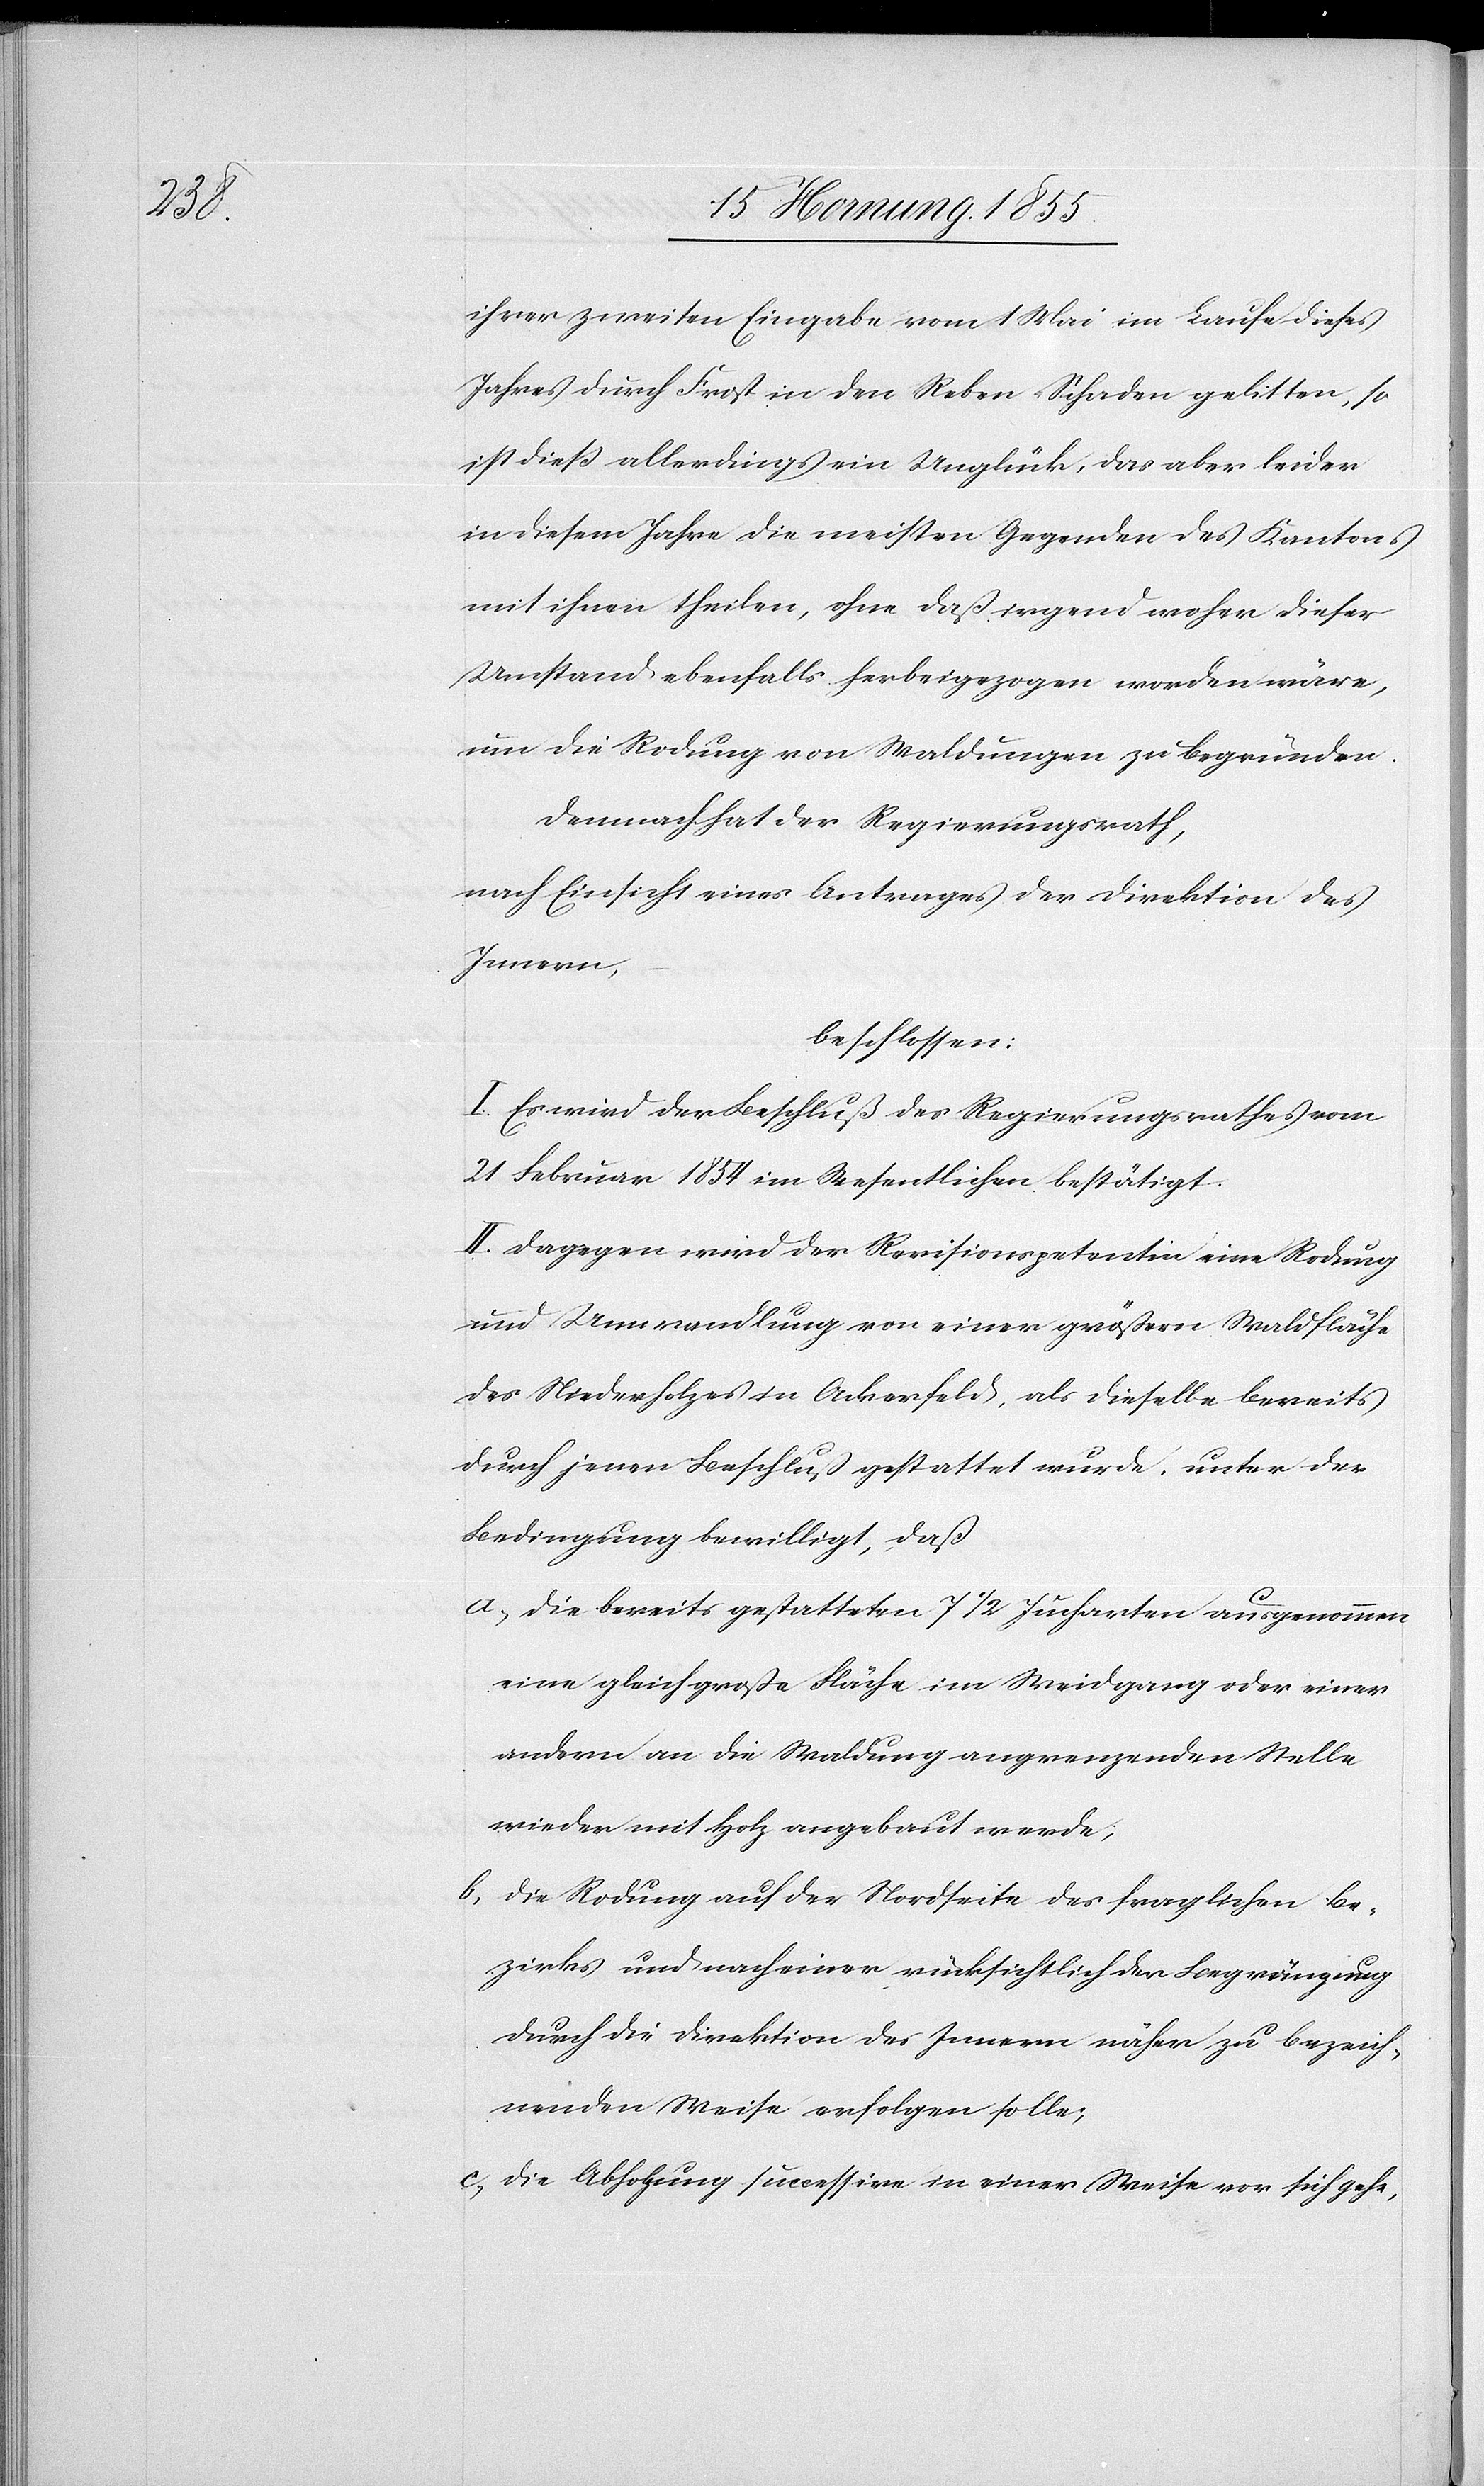
ihrer zweiten Eingabe vom 1 Mai im Laufe dieses
Jahres durch Frost in den Reben Schaden gelitten, so
ist dieß allerdings ein Unglück, das aber leider
in diesem Jahre die meisten Gegenden des Kantons
mit ihnen theilen, ohne daß irgend woher dieser
Umstand ebenfalls herbeigezogen worden wäre,
um die Rodung von Waldungen zu begründen.
Demnach hat der Regierungsrath,
nach Einsicht eines Antrages der Direktion des
Innern,
beschlossen:
I. Es wird der Beschluß des Regierungsrathes vom
21 Februar 1854 im Wesentlichen bestätigt.
II. Dagegen wird der Revisionspetentin eine Rodung
und Umwandlung von einer größern Waldfläche
des Niederholzes in Ackerfeld, als dieselbe bereits
durch jenen Beschluß gestattet wurde, unter der
Bedingung bewilligt, daß
die bereits gestatteten 7 1/2 Jucharten ausgenommen
eine gleich große Fläche im Weidgang oder einer
andern an die Waldung angrenzenden Stelle
wieder mit Holz angebaut werde,
die Rodung auf der Nordseite des fraglichen Be¬
zirks und nach einer rücksichtlich der Begränzung
durch die Direktion des Innern näher zu bezeich¬
nenden Weise erfolgen solle;
die Abholzung successive in einer Weise vor sich gehe,